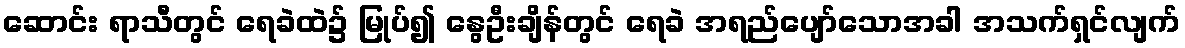
ဆောင်း ရာသီတွင် ရေခဲထဲ၌ မြုပ်၍ နွေဦးချိန်တွင် ရေခဲ အရည်ပျော်သောအခါ အသက်ရှင်လျက်